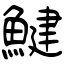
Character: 鰎